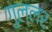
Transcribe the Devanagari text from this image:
गुल्लर